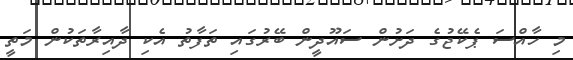
މި ހާއްސަ ޕެކޭޖުގެ ދަށުން ސައޫދީން ބޭރުގައި ތަފާތު އެކި ދާއިރާތަކުން މަތީ